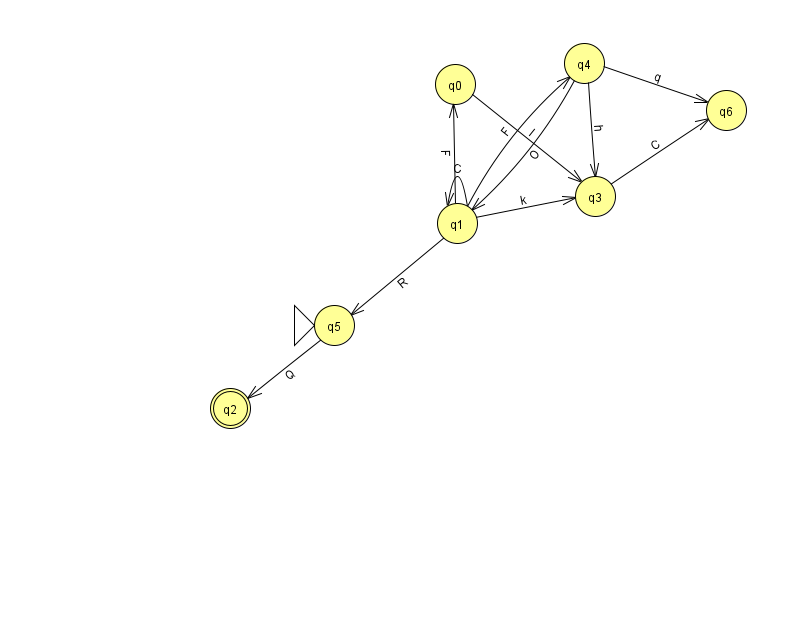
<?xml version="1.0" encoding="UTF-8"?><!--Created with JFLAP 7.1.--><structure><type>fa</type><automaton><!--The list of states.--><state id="0" name="q0"><x>455.0</x><y>71.0</y></state><state id="1" name="q1"><x>457.0</x><y>210.0</y></state><state id="2" name="q2"><x>230.0</x><y>395.0</y><final/></state><state id="3" name="q3"><x>595.0</x><y>183.0</y></state><state id="4" name="q4"><x>584.0</x><y>50.0</y></state><state id="5" name="q5"><x>334.0</x><y>312.0</y><initial/></state><state id="6" name="q6"><x>726.0</x><y>97.0</y></state><!--The list of transitions.--><transition><from>0</from><to>3</to><read>I</read></transition><transition><from>1</from><to>3</to><read>k</read></transition><transition><from>1</from><to>5</to><read>R</read></transition><transition><from>1</from><to>1</to><read>C</read></transition><transition><from>4</from><to>3</to><read>h</read></transition><transition><from>1</from><to>0</to><read>F</read></transition><transition><from>3</from><to>6</to><read>C</read></transition><transition><from>1</from><to>4</to><read>F</read></transition><transition><from>4</from><to>6</to><read>q</read></transition><transition><from>4</from><to>1</to><read>O</read></transition><transition><from>5</from><to>2</to><read>Q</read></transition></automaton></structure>